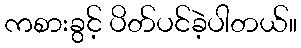
ကစားခွင့် ပိတ်ပင်ခဲ့ပါတယ်။